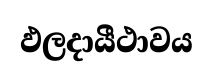
ඵලදායීථාවය